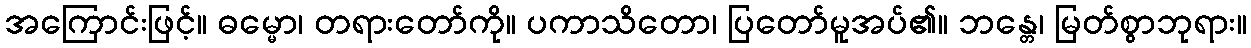
အကြောင်းဖြင့်။ ဓမ္မော၊ တရားတော်ကို။ ပကာသိတော၊ ပြတော်မူအပ်၏။ ဘန္တေ၊ မြတ်စွာဘုရား။